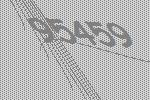
95459